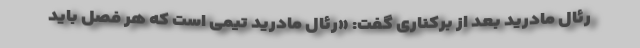
رئال مادرید بعد از برکناری گفت: «رئال مادرید تیمی است که هر فصل باید